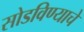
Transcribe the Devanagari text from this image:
सोडविण्‍याचे